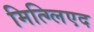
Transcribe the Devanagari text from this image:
मित्ग्लिएद